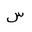
Letter: _sin